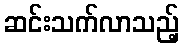
ဆင်းသက်လာသည့်